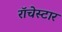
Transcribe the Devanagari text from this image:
रॉचेस्टार